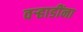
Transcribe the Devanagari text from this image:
वर्‍हाडींना